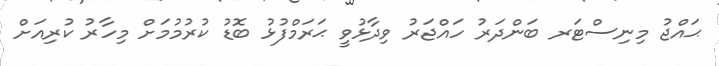
ޙައްޖު މިނިސްޓަރ ބަންދަރު ހައްޖަރު ވިދާޅުވީ ޙަރަމްފުޅު ބޮޑު ކުރުމުމަށް މިހާރު ކުރިއަށް